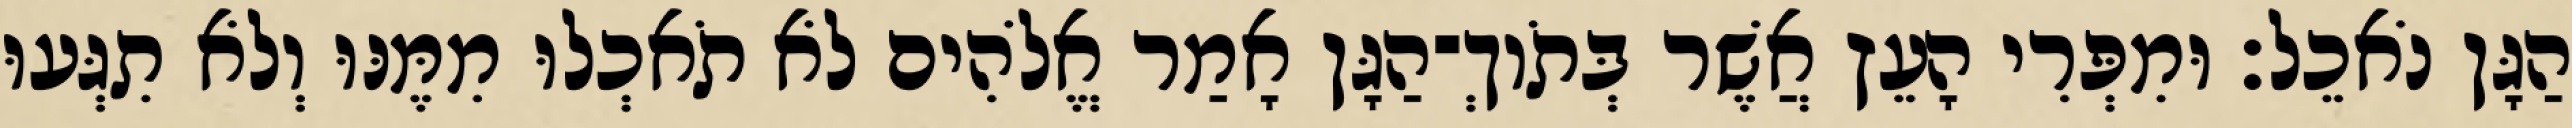
הַגָּן נֹאכֵל׃ וּמִפְּרִי הָעֵץ אֲשֶׁר בְּתֹוךְ־הַגָּן אָמַר אֱלֹהִים לֹא תֹאכְלוּ מִמֶּנּוּ וְלֹא תִגְּעוּ